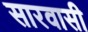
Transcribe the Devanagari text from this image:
सारवासी